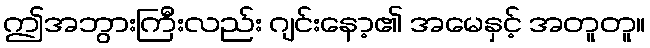
ဤအဘွားကြီးလည်း ဂျင်းနော့၏ အမေနှင့် အတူတူ။